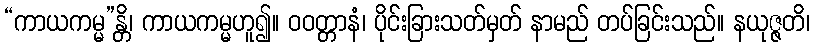
“ကာယကမ္မ”န္တိ၊ ကာယကမ္မဟူ၍။ ဝဝတ္တာနံ၊ ပိုင်းခြားသတ်မှတ် နာမည် တပ်ခြင်းသည်။ နယုဇ္ဇတိ၊